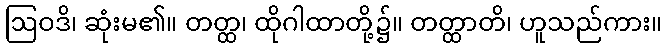
ဩဝဒိ၊ ဆုံးမ၏။ တတ္ထ၊ ထိုဂါထာတို့၌။ တတ္ထာတိ၊ ဟူသည်ကား။